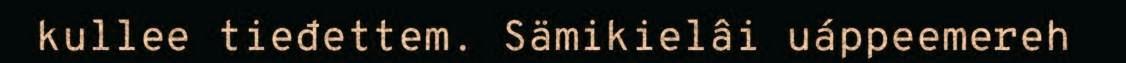
kullee tieđettem. Sämikielâi uáppeemereh